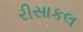
રીસાકલ